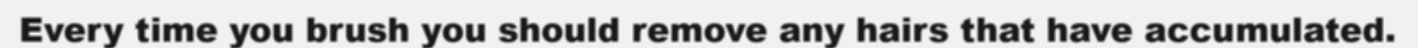
Every time you brush you should remove any hairs that have accumulated.